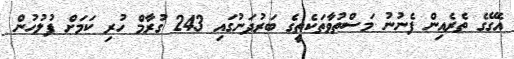
އެގޭގެ ތެރެއިން ފެނުނު މަސްތުވާތަކެތީގެ ބަރުދަނުގައި 243 ގުރާމް ހުރި ކަމަށް ފުލުހުން